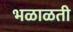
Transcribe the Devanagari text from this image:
भळाळती